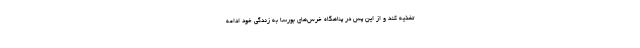
تغذیه کند و از این پس در پناهگاه خرس‌های بورسا به زندگی خود ادامه